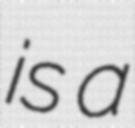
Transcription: is a